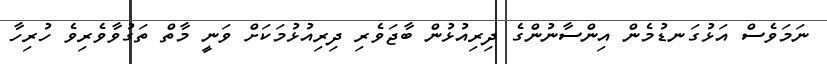
ނަމަވެސް އަޅުގަނޑުމެން އިންސާނުންގެ ދިރިއުޅުން ބާޖަވެރި ދިރިއުޅުމަކަށް ވަނީ މާތް ތަގުވާވެރިވެ ހުރިހާ